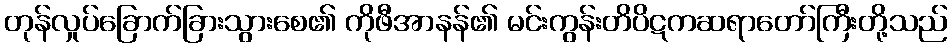
တုန်လှုပ်ခြောက်ခြားသွားစေ၏ ကိုဖီအာနန်၏ မင်းကွန်းတိပိဋကဆရာတော်ကြီးတို့သည်